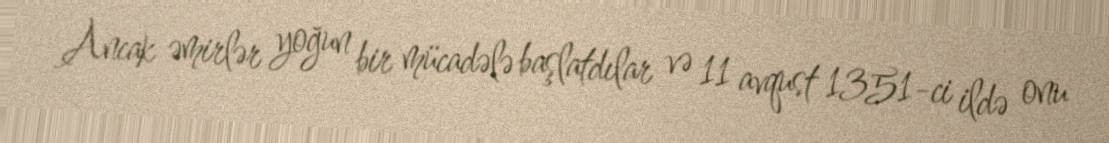
Ancak əmirlər yoğun bir mücadələ başlatdılar və 11 avqust 1351-ci ildə onu